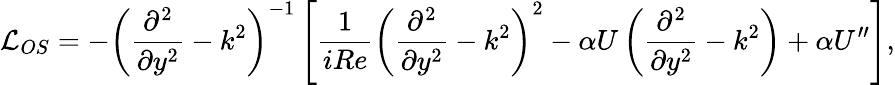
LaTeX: \mathcal{L}_{OS}=-\left(\frac{\partial^{2}}{\partial y^{2}}-k^{2}\right)^{-1}\left[\frac{1}{iRe}\left(\frac{\partial^{2}}{\partial y^{2}}-k^{2}\right)^{2}-\alpha U\left(\frac{\partial^{2}}{\partial y^{2}}-k^{2}\right)+\alpha U^{\prime\prime}\right]\mathrm{,}